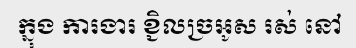
ក្នុង ការងារ ខ្ជិលច្រអូស រស់ នៅ